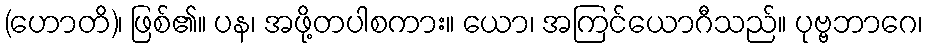
(ဟောတိ)၊ ဖြစ်၏။ ပန၊ အဖို့တပါစကား။ ယော၊ အကြင်ယောဂီသည်။ ပုဗ္ဗဘာဂေ၊